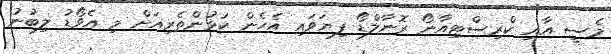
މެސީ އާއި ކްރިސްޓިއާނޯ ރޮނާލްޑޯ ފިޔަވައި އެހެން ކުޅުންތެރިއަށް މި އެވޯޑު ލިބުނު